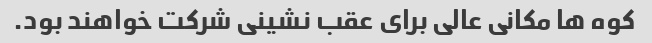
کوه ها مکانی عالی برای عقب نشینی شرکت خواهند بود.